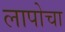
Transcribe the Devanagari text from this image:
लापोचा